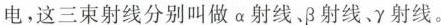
电，这三束射线分别叫做α射线、β射线、γ射线。